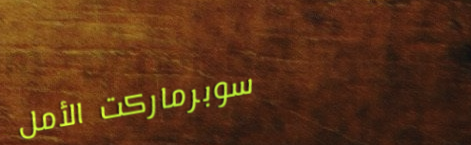
سوبرماركت الأمل